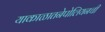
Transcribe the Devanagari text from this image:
याकाळातनेपोलियनची